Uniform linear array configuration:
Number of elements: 8
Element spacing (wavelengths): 0.5
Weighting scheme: binomial
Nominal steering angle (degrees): -45
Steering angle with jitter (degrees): -46.625
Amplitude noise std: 0.05
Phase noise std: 0.05

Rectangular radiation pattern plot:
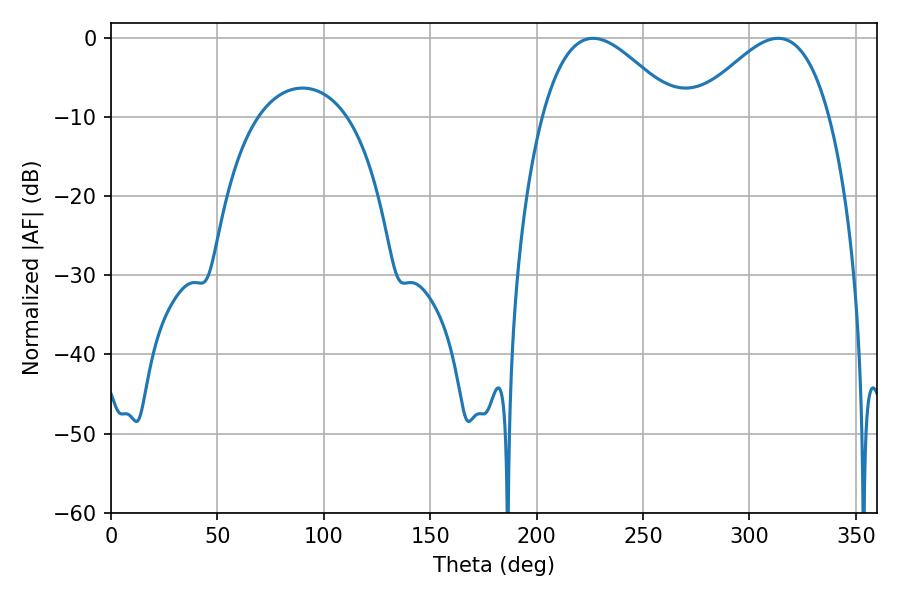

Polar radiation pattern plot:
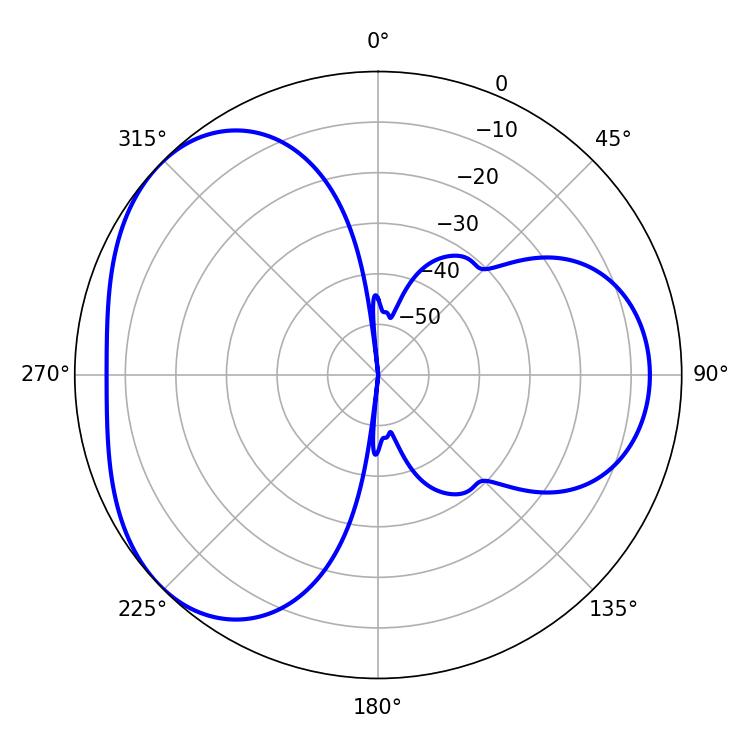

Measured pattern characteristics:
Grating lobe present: FALSE
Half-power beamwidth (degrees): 34.38
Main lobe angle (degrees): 226.62